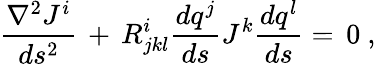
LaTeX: \frac{\nabla^{2}J^{i}}{ds^{2}}\, +\, R_{jkl}^{i}\frac{dq^{j}}{ds}J^{k}\frac{dq^{l}}{ds}=\, 0~,